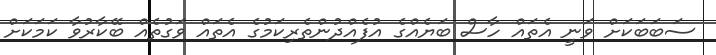
ސަބަބަކަށް ވަނީ އެތައް ހާސް ބަޔެއްގެ އުފެއްދުންތެރިކަމުގެ އެތައް ވަގުތެއް ބޭކާރުވާ ކަމަކަށް